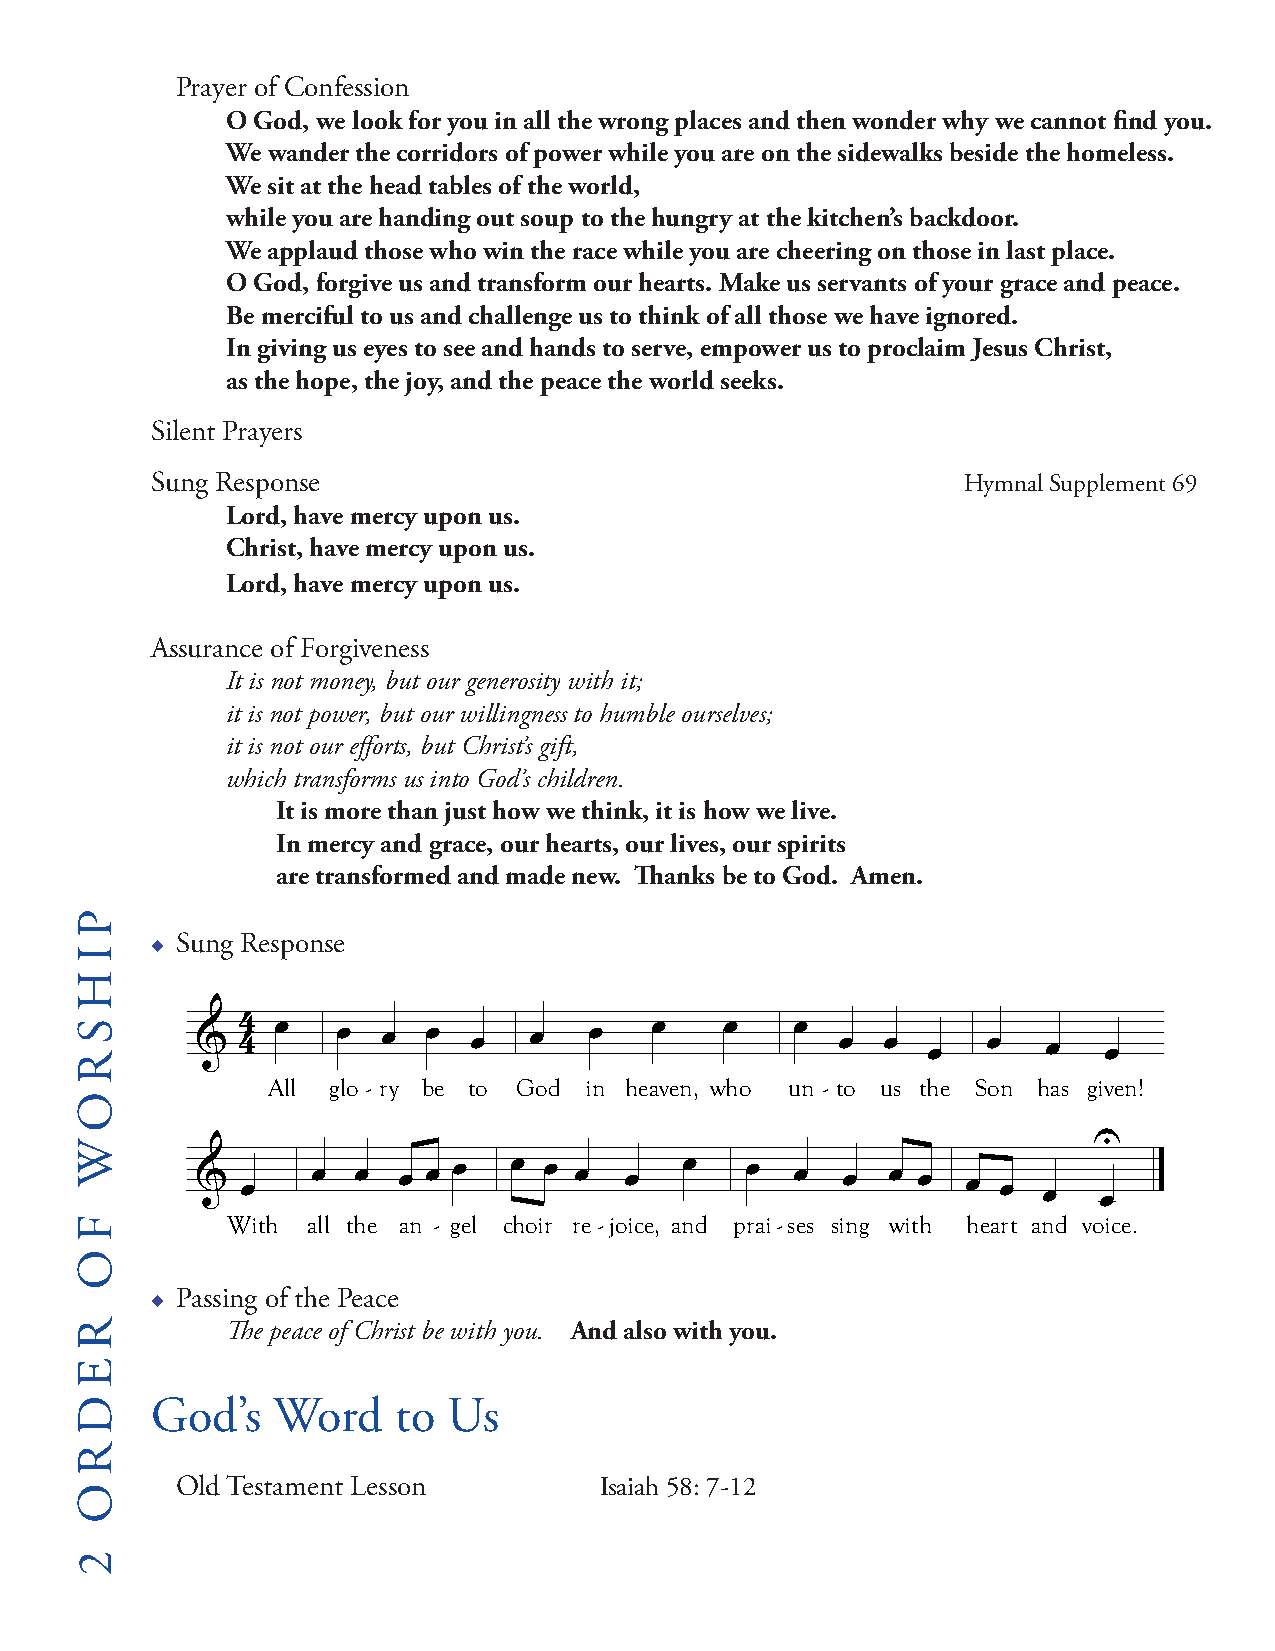
Prayer of Confession
 O God, we look for you in all the wrong places and then wonder why we cannot find you.
 We wander the corridors of power while you are on the sidewalks beside the homeless.
 We sit at the head tables of the world,
 while you are handing out soup to the hungry at the kitchen’s backdoor.
 We applaud those who win the race while you are cheering on those in last place.
 O God, forgive us and transform our hearts. Make us servants of your grace and peace.
 Be merciful to us and challenge us to think of all those we have ignored.
 In giving us eyes to see and hands to serve, empower us to proclaim Jesus Christ,
 as the hope, the joy, and the peace the world seeks.
 Silent Prayers
 Sung Response                                         Hymnal Supplement 69
 Lord, have mercy upon us.
 Christ, have mercy upon us.
 Lord, have mercy upon us.
 Assurance of Forgiveness
 It is not money, but our generosity with it;
 it is not power, but our willingness to humble ourselves;
 it is not our efforts, but Christ’s gift,
 which transforms us into God’s children.
 It is more than just how we think, it is how we live.
 In mercy and grace, our hearts, our lives, our spirits
 are transformed and made new. Thanks be to God. Amen.
 u Sung Response
 &  44 œ  œ  œ  œ  œ   œ   œ   œ    œ    œ  œ œ  œ   œ   œ   œ
 All glo - ry be to God in heaven, who un - to us the Son has given!
 U
 &  œ    œ œ  œ œ œ   œ œ œ  œ   œ   œ   œ  œ  œ œ  œ œ  œ   œ
 With all the an - gel choir re - joice, and prai-ses sing with heart and voice.
 u Passing of the Peace
 The peace of Christ be with you. And also with you.
 God’s   Word    to  Us
 Old Testament Lesson        Isaiah 58: 7-12
 ©
 P
 I
 H
 S R
 O
 W
 F
 O
 R
 E
 D
 R
 O
 2